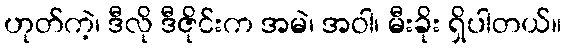
ဟုတ်ကဲ့၊ ဒီလို ဒီဇိုင်းက အမဲ၊ အဝါ၊ မီးခိုး ရှိပါတယ်။